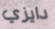
دايزي